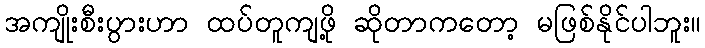
အကျိုးစီးပွားဟာ ထပ်တူကျဖို့ ဆိုတာကတော့ မဖြစ်နိုင်ပါဘူး။